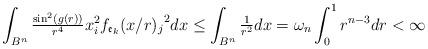
LaTeX: \begin{align*} \int_{B^n}\tfrac{\sin^2(g(r))}{r^4}x_i^2{f_{\frak{e}_k}(x/r)_j}^2dx\leq \int_{B^n}\tfrac{1}{r^2}dx=\omega_{n}\int_{0}^1r^{n-3}dr<\infty \end{align*}